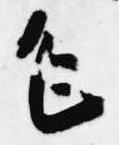
乍